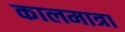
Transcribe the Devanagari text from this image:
कालमात्रा